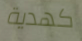
كهدية